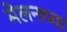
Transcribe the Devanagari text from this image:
मेलनच्या